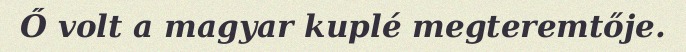
Ő volt a magyar kuplé megteremtője.